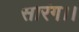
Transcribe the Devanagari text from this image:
सारंग।।